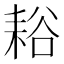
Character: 䎥